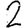
Digit: 2